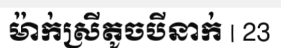
ម៉ាក់ស្រីតូចបីនាក់ | 23